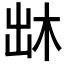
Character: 𠚐